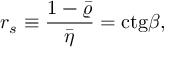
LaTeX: r _ { s } \equiv { \frac { 1 - \bar { \varrho } } { \bar { \eta } } } = \mathrm { c t g } \beta ,